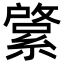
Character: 𦄊